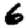
Digit: 6